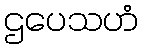
ဌပေသဟံ